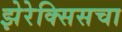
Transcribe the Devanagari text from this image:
झेरेक्सिसचा